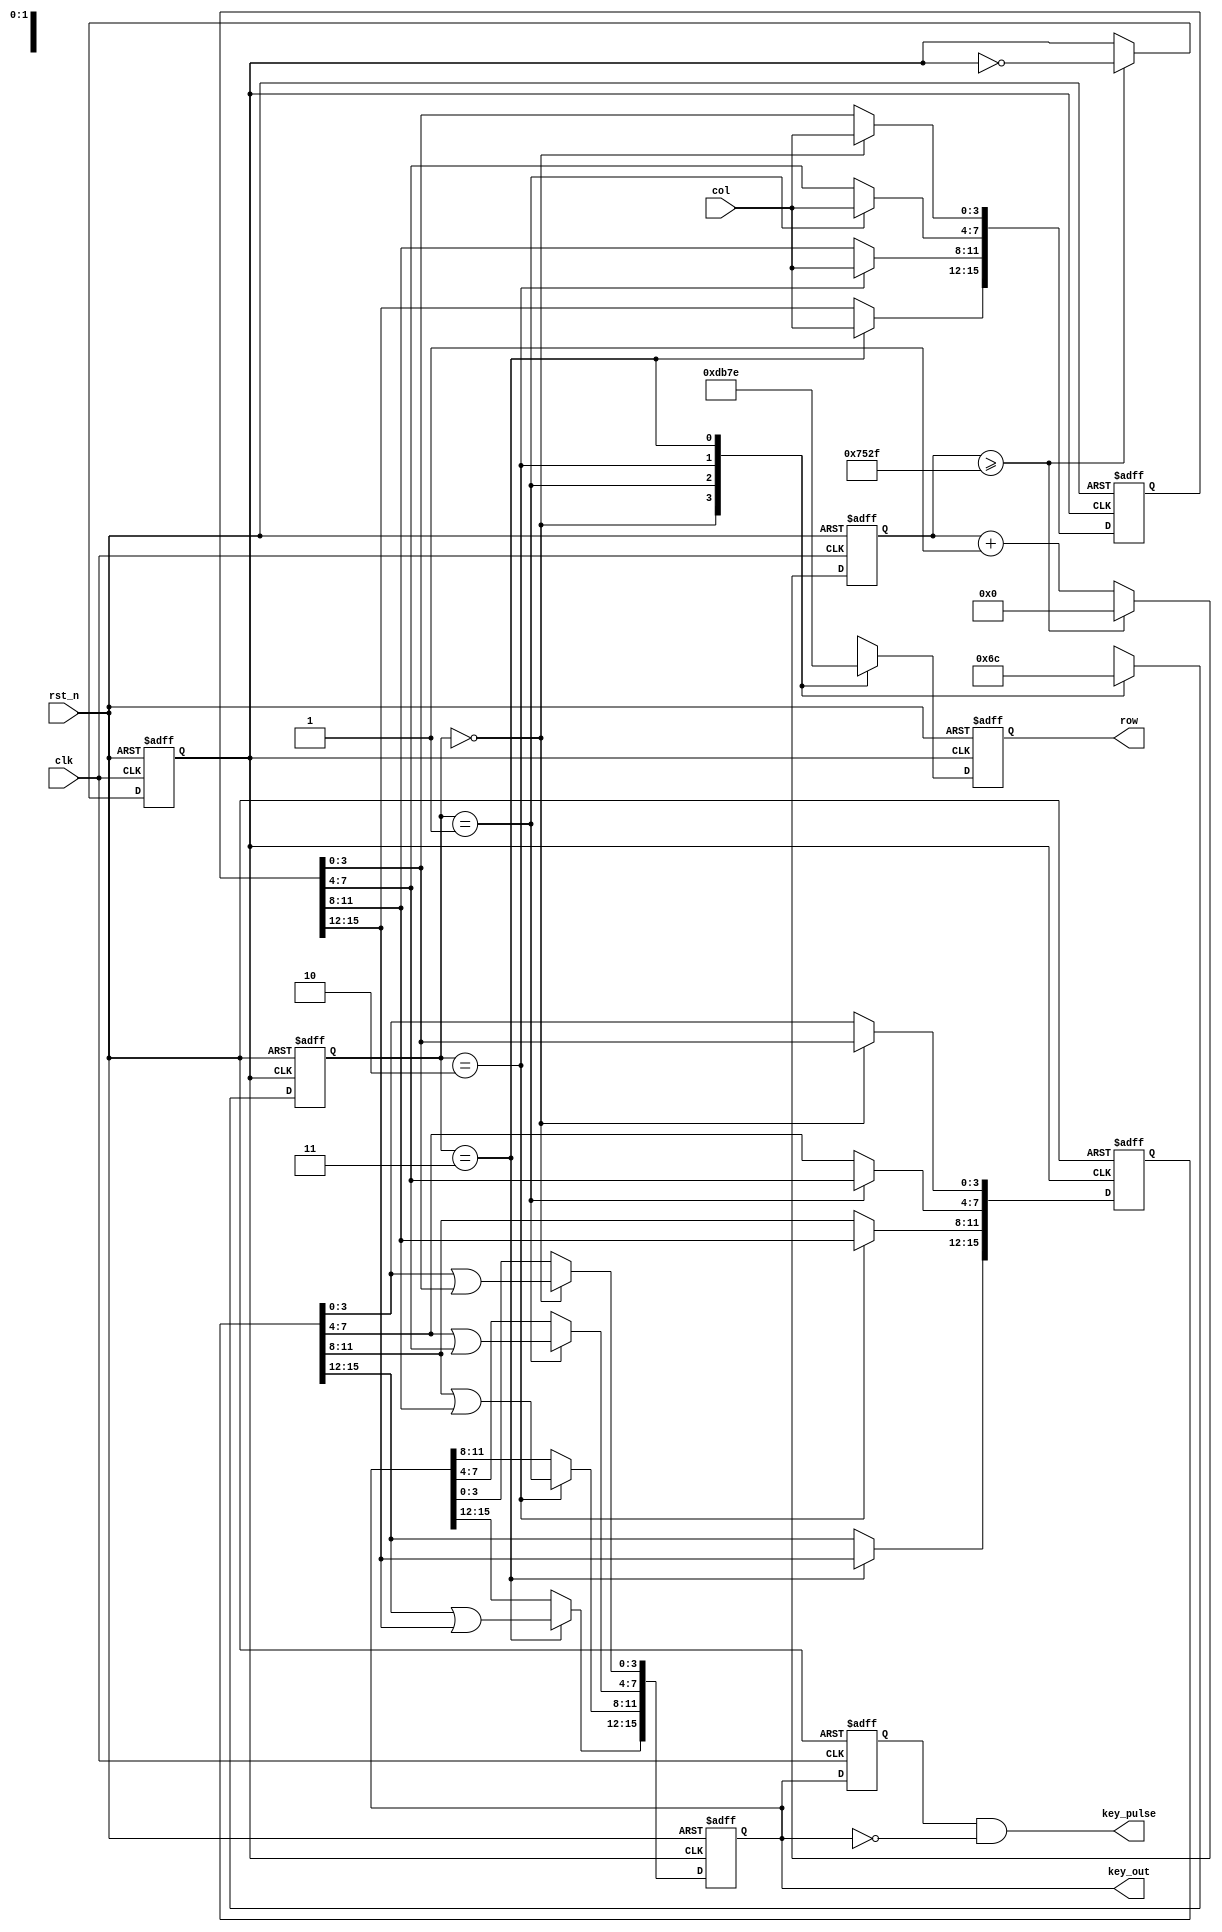
module Array_KeyBoard #
(
	parameter			CNT_200HZ = 60000
)
(
	input				clk,
	input				rst_n,
	input		[3:0]	col,
	output	reg	[3:0]	row,
	output	reg	[15:0]	key_out,
	output		[15:0]	key_pulse
);
	
	localparam			STATE0 = 2'b00;
	localparam			STATE1 = 2'b01;
	localparam			STATE2 = 2'b10;
	localparam			STATE3 = 2'b11;
	
	/*
	4x44
	4
	20ms20ms5ms
	
	*/
	
	//5msclk_200hz
	reg		[15:0]		cnt;
	reg					clk_200hz;
	always@(posedge clk or negedge rst_n) begin  //cntclk_200hz
		if(!rst_n) begin
			cnt <= 16'd0;
			clk_200hz <= 1'b0;
		end else begin
			if(cnt >= ((CNT_200HZ>>1) - 1)) begin  //12
				cnt <= 16'd0;
				clk_200hz <= ~clk_200hz;  //clk_200hz
			end else begin
				cnt <= cnt + 1'b1;
				clk_200hz <= clk_200hz;
			end
		end
	end
	
	reg		[1:0]		c_state;
	//clk_200hz4
	always@(posedge clk_200hz or negedge rst_n) begin
		if(!rst_n) begin
			c_state <= STATE0;
			row <= 4'b1110;
		end else begin
			case(c_state)
				//c_staterow
				STATE0: begin c_state <= STATE1; row <= 4'b1101; end
				STATE1: begin c_state <= STATE2; row <= 4'b1011; end
				STATE2: begin c_state <= STATE3; row <= 4'b0111; end
				STATE3: begin c_state <= STATE0; row <= 4'b1110; end
				default:begin c_state <= STATE0; row <= 4'b1110; end
			endcase
		end
	end
	
	reg	[15:0]	key,key_r;
	//4
	always@(negedge clk_200hz or negedge rst_n) begin
		if(!rst_n) begin
			key_out <= 16'hffff; key_r <= 16'hffff; key <= 16'hffff; 
		end else begin
			case(c_state)
				//
				//
				STATE0: begin key_out[ 3: 0] <= key_r[ 3: 0]|key[ 3: 0]; key_r[ 3: 0] <= key[ 3: 0]; key[ 3: 0] <= col; end
				STATE1: begin key_out[ 7: 4] <= key_r[ 7: 4]|key[ 7: 4]; key_r[ 7: 4] <= key[ 7: 4]; key[ 7: 4] <= col; end
				STATE2: begin key_out[11: 8] <= key_r[11: 8]|key[11: 8]; key_r[11: 8] <= key[11: 8]; key[11: 8] <= col; end
				STATE3: begin key_out[15:12] <= key_r[15:12]|key[15:12]; key_r[15:12] <= key[15:12]; key[15:12] <= col; end
				default:begin key_out <= 16'hffff; key_r <= 16'hffff; key <= 16'hffff; end
			endcase
		end
	end
	
	reg		[15:0]		key_out_r;
	//Register low_sw_r, lock low_sw to next clk
	always @ ( posedge clk  or  negedge rst_n )
		if (!rst_n) key_out_r <= 16'hffff;
		else  key_out_r <= key_out;   //
	
	//wire	[15:0]		 key_pulse;
	//Detect the negedge of low_sw, generate pulse
	assign key_pulse= key_out_r & ( ~key_out);   //
	
endmodule